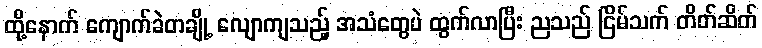
ထို့နောက် ကျောက်ခဲတချို့ လျောကျသည့် အသံတွေပဲ ထွက်လာပြီး ညသည် ငြိမ်သက် တိတ်ဆိတ်